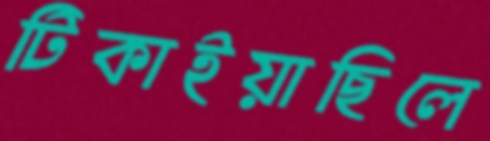
টিকাইয়াছিলে